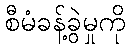
စီမံခန့်ခွဲမှုကို